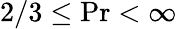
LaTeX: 2/3\le\mathrm{Pr}<\infty